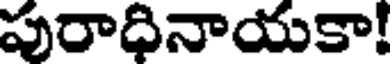
పురాధినాయకా!